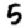
Digit: 5